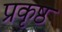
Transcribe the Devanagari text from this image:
प्रकृष्ठ